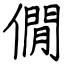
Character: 僩